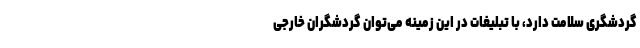
گردشگری سلامت دارد، با تبلیغات در این زمینه می‌توان گردشگران خارجی